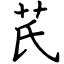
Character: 芪